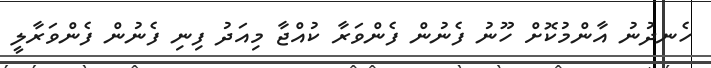
ހެނދުނު އާންމުކޮށް ހޫނު ފެނުން ފެންވަރާ ކުއްޖާ މިއަދު ފިނި ފެނުން ފެންވަރާލީ